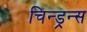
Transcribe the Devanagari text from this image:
चिन्ड्रन्स